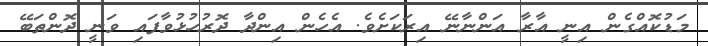
މަޑުކޮއްގެން އިނީ އާރާ އަންނާނޭ އިރަކަށެވެ. އެހެން އިންދާ ދޮރުހުޅުވާފައި ވަނީ ދޮންތަބޭ